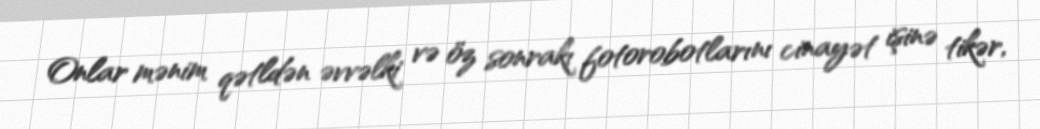
Onlar mənim qətldən əvvəlki və öz sonrakı fotorobotlarını cinayət işinə tikər,